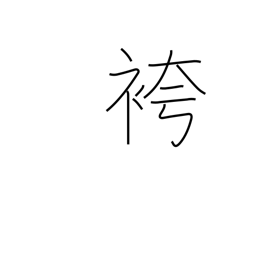
Meaning: men's formal divided skirt